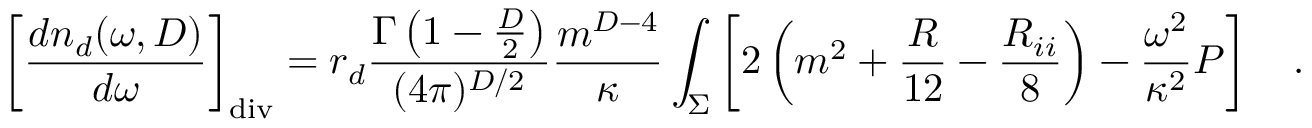
\left[ { \frac { d n _ { d } ( \omega , D ) } { d \omega } } \right] _ { \mathrm { d i v } } = r _ { d } { \frac { \Gamma \left( 1 - \frac D 2 \right) } { ( 4 \pi ) ^ { D / 2 } } } { \frac { m ^ { D - 4 } } { \kappa } } \int _ { \Sigma } \left[ 2 \left( m ^ { 2 } + { \frac { R } { 1 2 } } - { \frac { R _ { i i } } { 8 } } \right) - { \frac { \omega ^ { 2 } } { \kappa ^ { 2 } } } P \right] ~ ~ ~ .